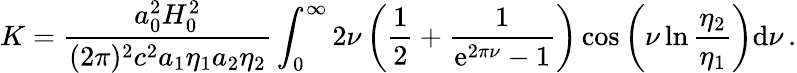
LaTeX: K=\frac{a_{0}^{2}H_{0}^{2}}{(2\pi)^{2}c^{2}a_{1}\eta_{1}a_{2}\eta_{2}}\int_{0}^{\infty}2\nu\left(\frac{1}{2}+\frac{1}{\mathrm{e}^{2\pi\nu}-1}\right)\cos\left(\nu\ln\frac{\eta_{2}}{\eta_{1}}\right)\mathrm{d}\nu\, .